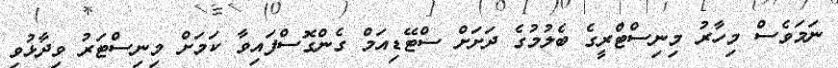
ނަމަވެސް މިހާރު މިނިސްޓްރީގެ ބެލުމުގެ ދަށަށް ސްޓޭޑިއަމް ގެންގޮސްފައިވާ ކަމަށް މިނިސްޓަރު ވިދާޅުވި